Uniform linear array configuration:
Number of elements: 32
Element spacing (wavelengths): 0.5
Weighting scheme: exponential
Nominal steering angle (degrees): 30
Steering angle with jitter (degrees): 30.511
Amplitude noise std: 0.05
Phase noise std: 0.05

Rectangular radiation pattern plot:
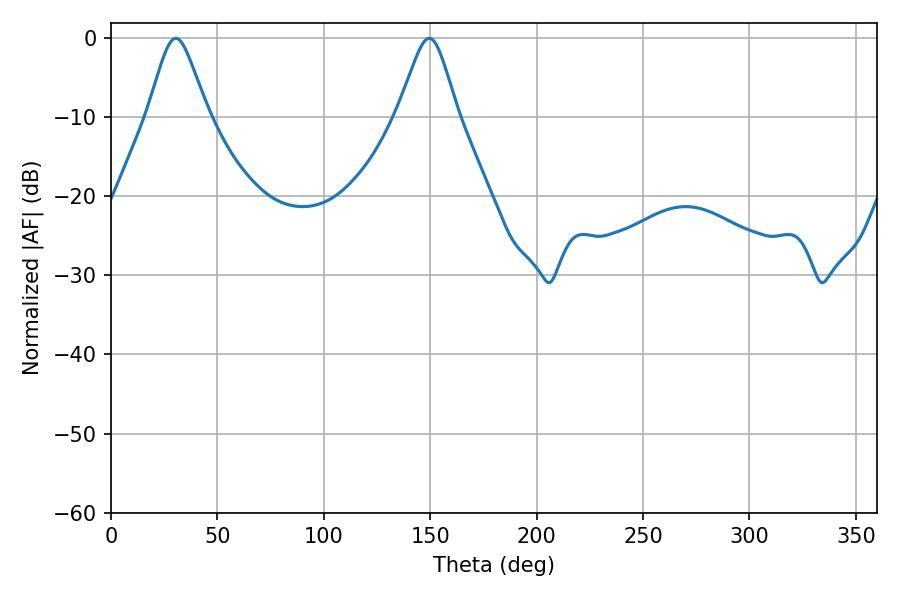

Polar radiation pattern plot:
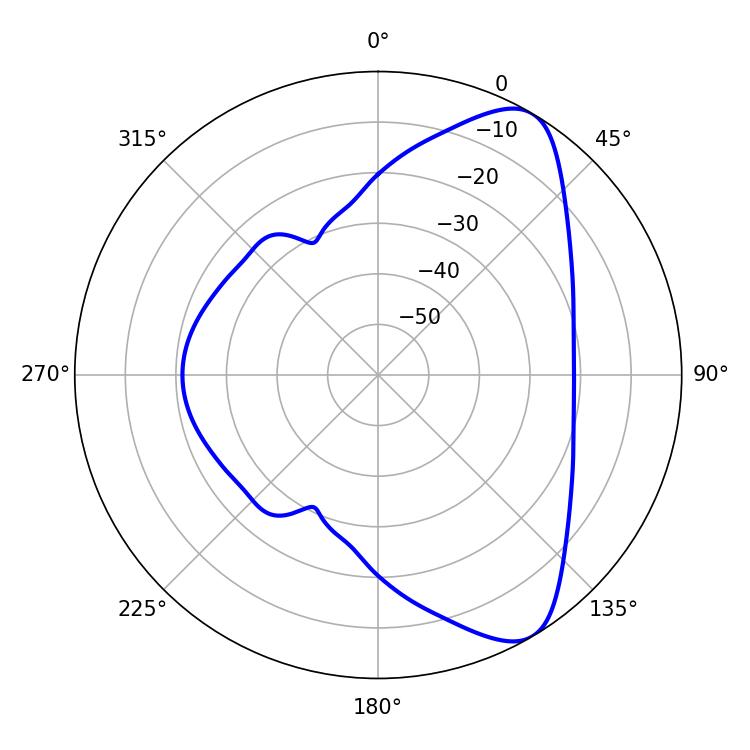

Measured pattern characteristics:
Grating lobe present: FALSE
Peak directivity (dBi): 8.201
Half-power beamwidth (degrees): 13.5
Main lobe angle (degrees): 30.42